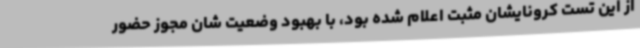
از این تست کرونایشان مثبت اعلام شده بود، با بهبود وضعیت شان مجوز حضور